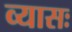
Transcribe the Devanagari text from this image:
व्यासः